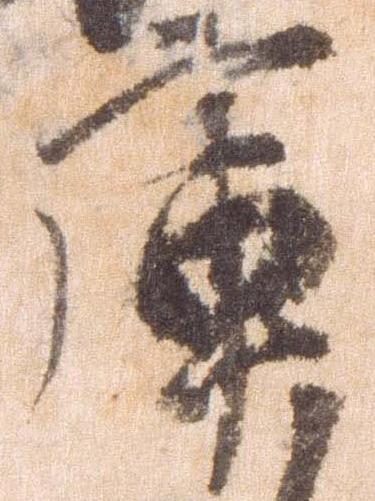
庫